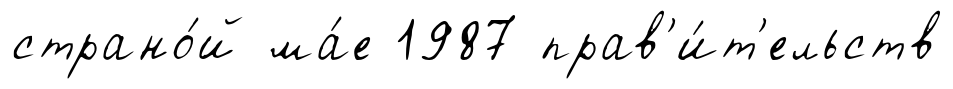
страно́й ма́е 1987 прав'и́т'ельств